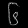
Digit: ၆